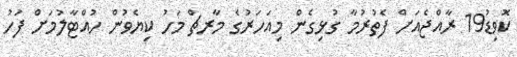
ކޮވިޑު19 ރާއްޖެއަށް ފެތުރުމާ ގުޅިގެން މިއަހަރުގެ މާރޗް މަހު ކިޔެވުން ހުއްޓާލުމަށް ފަހު